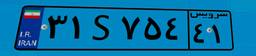
۰۸S۸۵۸۹۹